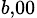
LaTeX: _{b,00}